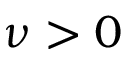
\nu > 0